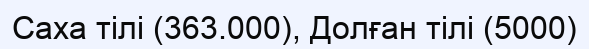
Саха тілі (363.000), Долған тілі (5000)